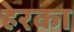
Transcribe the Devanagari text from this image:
हेरका